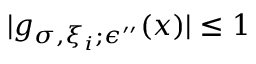
| g _ { \sigma , \xi _ { i } ; \epsilon ^ { \prime \prime } } ( x ) | \le 1